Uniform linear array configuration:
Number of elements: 32
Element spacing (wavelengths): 0.5
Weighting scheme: exponential
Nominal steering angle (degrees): -15
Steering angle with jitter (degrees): -16.495
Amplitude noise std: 0.05
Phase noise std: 0.05

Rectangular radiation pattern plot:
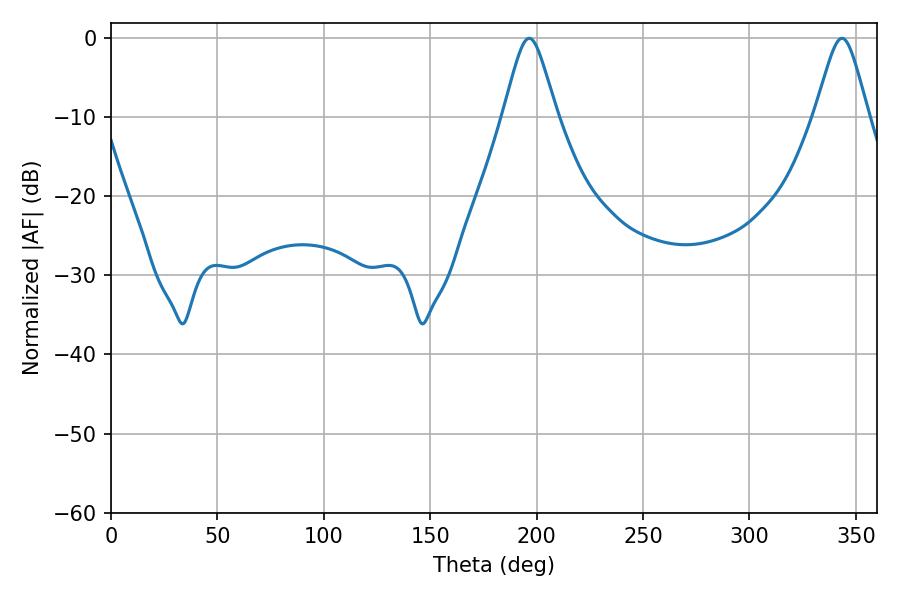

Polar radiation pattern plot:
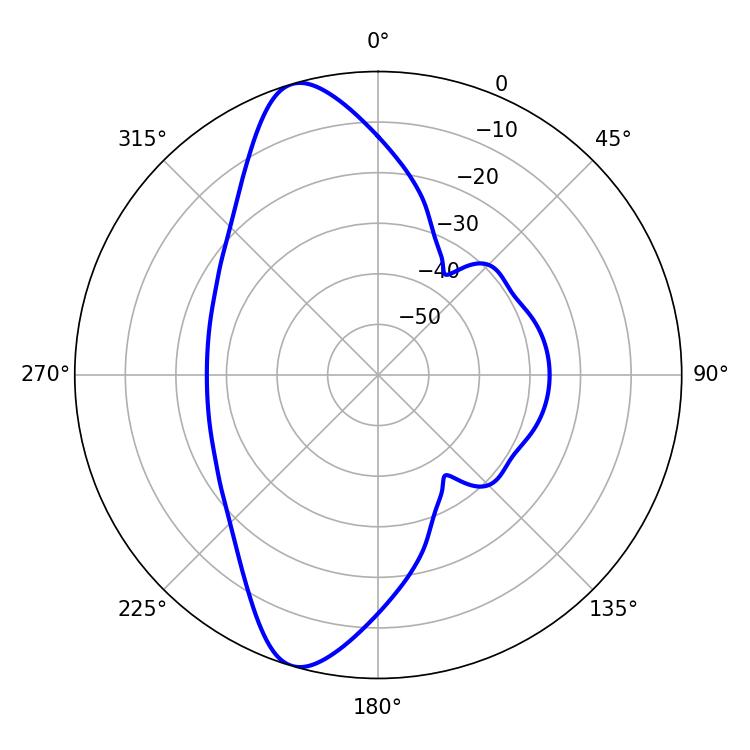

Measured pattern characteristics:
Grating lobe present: FALSE
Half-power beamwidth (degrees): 12.06
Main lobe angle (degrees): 196.56